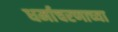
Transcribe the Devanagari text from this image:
धर्माचरणाच्या